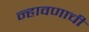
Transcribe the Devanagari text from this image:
न्हावणाची